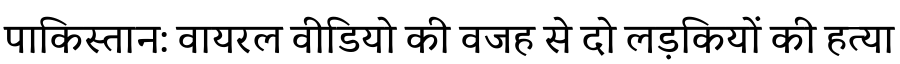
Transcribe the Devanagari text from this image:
पाकिस्तान: वायरल वीडियो की वजह से दो लड़कियों की हत्या